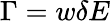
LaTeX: \Gamma=w\delta E